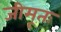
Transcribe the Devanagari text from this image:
जीमूतः